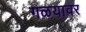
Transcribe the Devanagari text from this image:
गळयावर